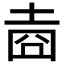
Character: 𱖯